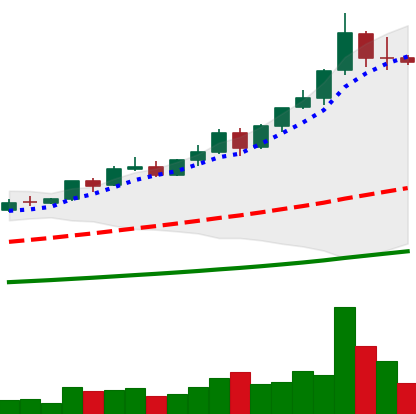
Ticker: BNB-USD
Chart end date: 2021-04-15
Forward return: 8.182%
Label: up_7plus